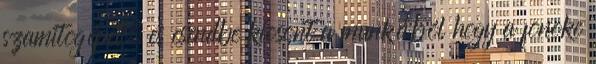
szamitogépet, es csendbe kiosont a munkából hogy a fonoke